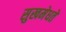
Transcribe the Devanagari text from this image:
सुखमेधते